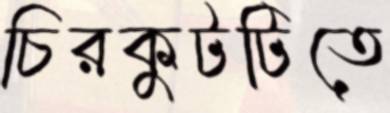
চিরকুটটিতে